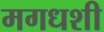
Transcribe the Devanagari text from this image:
मगधशी